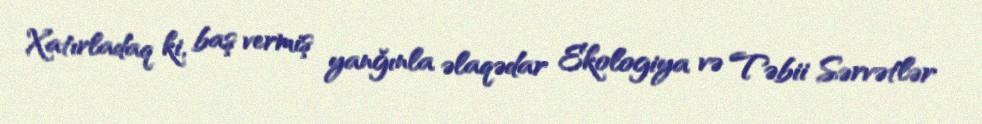
Xatırladaq ki, baş vermiş yanğınla əlaqədar Ekologiya və Təbii Sərvətlər